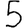
Digit: 5